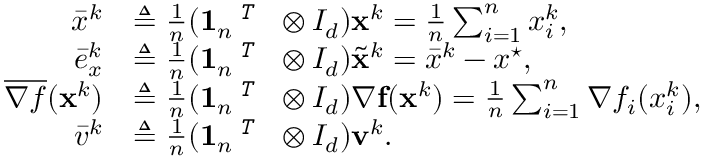
\begin{array} { r l } { \bar { x } ^ { k } } & { \triangleq \frac { 1 } { n } ( \mathbf { 1 } _ { n } ^ { \textit { \footnotesize \texttt { T } } } \otimes I _ { d } ) { \mathbf { x } } ^ { k } = \frac { 1 } { n } \sum _ { i = 1 } ^ { n } x _ { i } ^ { k } , } \\ { \bar { e } _ { x } ^ { k } } & { \triangleq \frac { 1 } { n } ( \mathbf { 1 } _ { n } ^ { \textit { \footnotesize \texttt { T } } } \otimes I _ { d } ) \tilde { { \mathbf { x } } } ^ { k } = \bar { x } ^ { k } - x ^ { \star } , } \\ { \overline { { { \nabla } f } } ( { \mathbf { x } } ^ { k } ) } & { \triangleq \frac { 1 } { n } ( \mathbf { 1 } _ { n } ^ { \textit { \footnotesize \texttt { T } } } \otimes I _ { d } ) { \nabla } { \mathbf { f } } ( { \mathbf { x } } ^ { k } ) = \frac { 1 } { n } \sum _ { i = 1 } ^ { n } { \nabla } f _ { i } ( x _ { i } ^ { k } ) , } \\ { \bar { v } ^ { k } } & { \triangleq \frac { 1 } { n } ( \mathbf { 1 } _ { n } ^ { \textit { \footnotesize \texttt { T } } } \otimes I _ { d } ) { \mathbf { v } } ^ { k } . } \end{array}